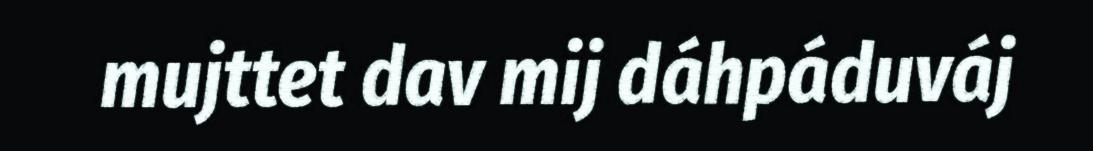
mujttet dav mij dáhpáduváj